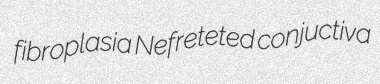
fibroplasia Nefreteted conjuctiva